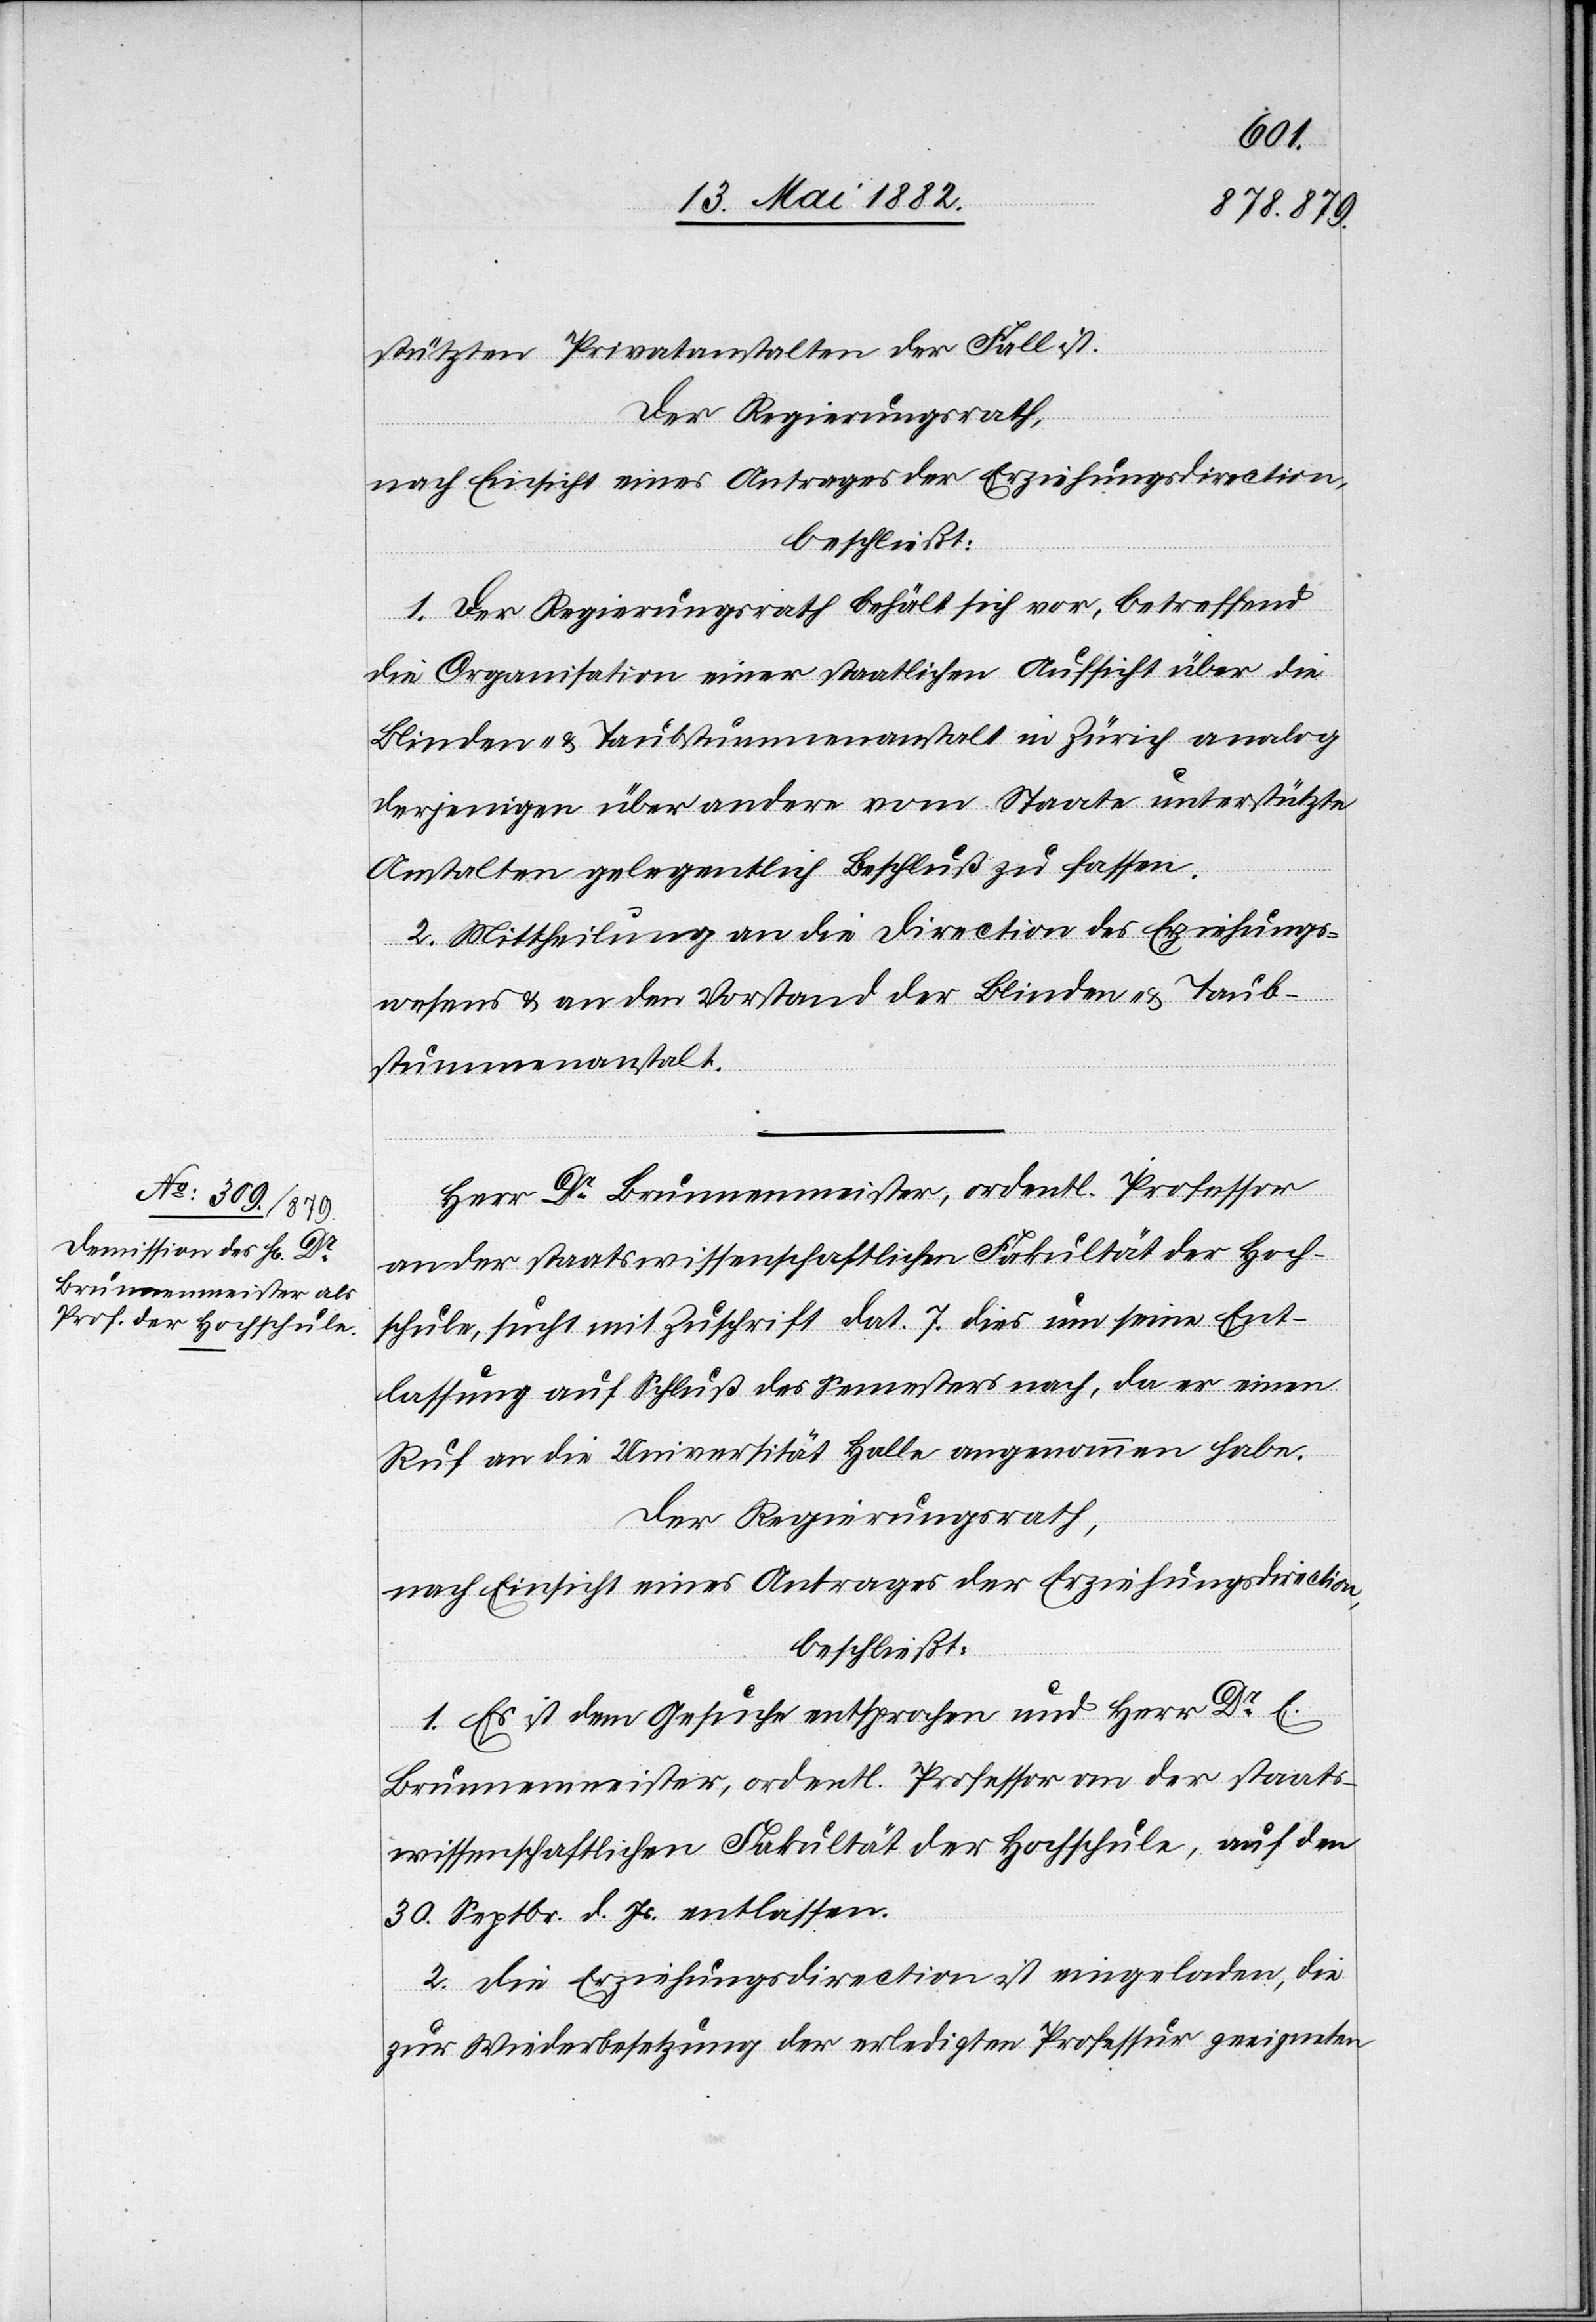
stützten Privatanstalten der Fall ist.
Der Regierungsrath,
nach Einsicht eines Antrages der Erziehungsdirection,
beschließt:
1. Der Regierungsrath behält sich vor, betreffend
die Organisation einer staatlichen Aufsicht über die
Blinden- & Taubstummenanstalt in Zürich analog
derjenigen über andere vom Staate unterstützte
Anstalten gelegentlich Beschluß zu fassen.
2. Mittheilung an die Direction des Erziehungs¬
wesens & an den Vorstand der Blinden- & Taub¬
stummenanstalt.
Herr Dr Brunnenmeister, ordentl. Professor
an der staatwissenschaftlichen Fakultät der Hoch¬
schule, sucht mit Zuschrift dat. 7. dies um seine Ent¬
lassung auf Schluß des Semesters nach, da er einen
Ruf an die Universität Halle angenommen habe.
1. Es ist dem Gesuche entsprochen und Herr Dr E.
Brunnenmeister, ordentl. Professor der staats¬
wissenschaftlichen Fakultät der Hochschule, auf den
30. Septbr. d. Js. entlassen.
2. Die Erziehungsdirection ist eingeladen, die
zur Wiederbesetzung der erledigten Professur geeigneten